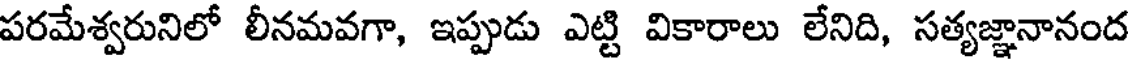
పరమేశ్వరునిలో లీనమవగా, ఇప్పుడు ఎట్టి వికారాలు లేనిది, సత్యజ్ఞానానంద